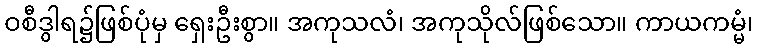
ဝစီဒွါရ၌ဖြစ်ပုံမှ ရှေးဦးစွာ။ အကုသလံ၊ အကုသိုလ်ဖြစ်သော။ ကာယကမ္မံ၊